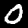
Label: 0